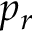
p _ { r }